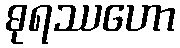
ဓုရဿဟော